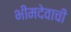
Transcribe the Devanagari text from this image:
भीमदेवाची